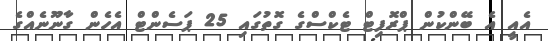
އެއީ އެ ބޭންކުން ޕްރޮފިޓް ޓެކްސްގެ ގޮތުގައި 25 ޕަސެންޓް އެހެން ގާނޫނެއްގެ